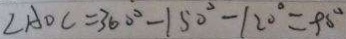
\angle A D C = 3 6 0 ^ { \circ } - 1 5 0 ^ { \circ } - 1 2 0 ^ { \circ } = 9 0 ^ { \circ }